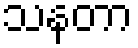
သနတာ